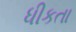
ધીકતા